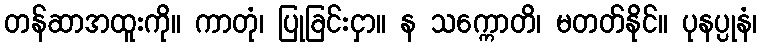
တန်ဆာအထူးကို။ ကာတုံ၊ ပြုခြင်းငှာ။ န သက္ကောတိ၊ မတတ်နိုင်။ ပုနပ္ပုနံ၊